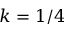
k = 1 / 4